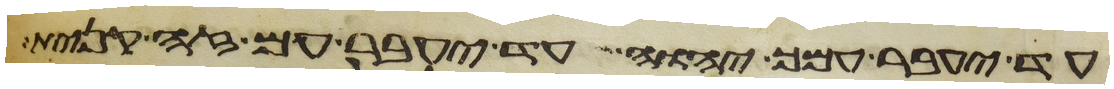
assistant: עד יעבר עמך יהוה עד יעבר עם זה קנית